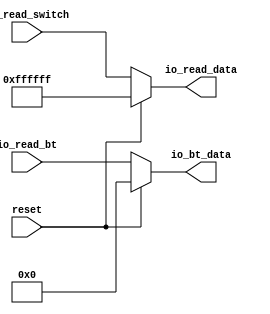
`timescale 1ns / 1ps

// button
module IOread(
    input reset,
//    input io_read_ctrl,
//    input switchctrl,
//    input btctrl,
    input[23:0] io_read_switch,
    input[4:0] io_read_bt,
    // back to memorio.
    output reg[23:0] io_read_data,
    output reg[4:0] io_bt_data
);
    always @* begin
        if(reset == 1'b1) begin
            io_bt_data = 5'b00000;
            io_read_data = 24'hFFFF_FF;
        end    
        else begin
            io_bt_data = io_read_bt;
            io_read_data = io_read_switch;
        end    
//        else if(io_read_ctrl == 1'b1) begin
//            if(switchctrl == 1'b1)
//                io_read_data = io_read_switch;
//            else 
//               io_read_data = 24'hFFFF_FF;    
//        end    
    end
endmodule